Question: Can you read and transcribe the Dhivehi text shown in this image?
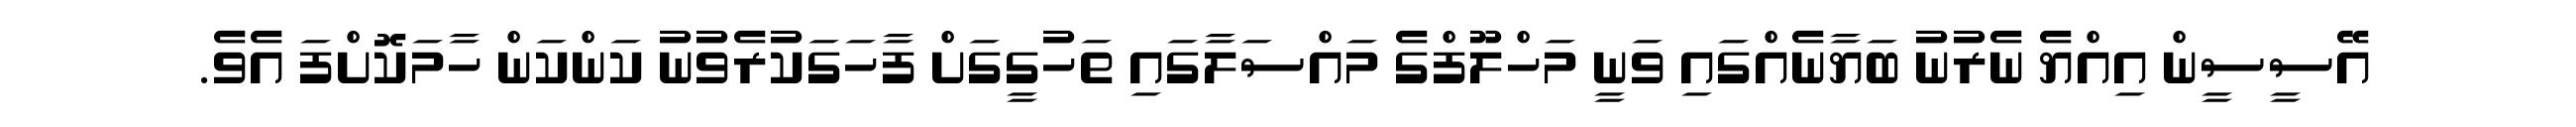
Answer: އޭސީސީން އިއްޔެ ނެރުނު ބަޔާނެއްގައި ވަނީ މަހްލޫފްގެ މައްސަލާގައި ތަހުގީގަށް ފާހަގަކުރެވުނު ކަންކަން ހާމަކޮށްފަ އެވެ.